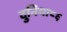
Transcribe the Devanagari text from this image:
दुनिया८६